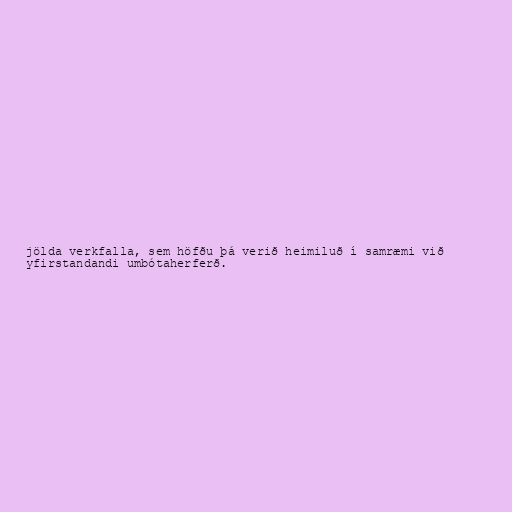
jölda verkfalla, sem höfðu þá verið heimiluð í samræmi við
yfirstandandi umbótaherferð.